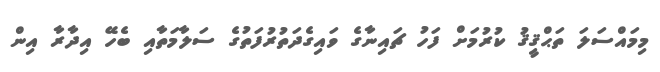
މިމައްސަލަ ތަޙްޤީޤު ކުރުމަށް ފަހު ޗައިނާގެ ވައިގެދަތުރުފަތުގެ ސަލާމަތާއި ބެހޭ އިދާރާ އިން